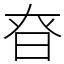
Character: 昚